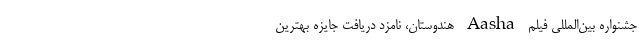
جشنواره بین‌المللی فیلم Aasha هندوستان، نامزد دریافت جایزه بهترین